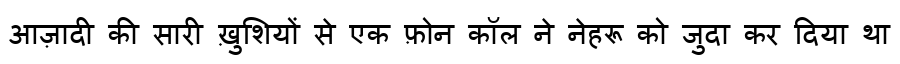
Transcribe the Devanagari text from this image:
आज़ादी की सारी ख़ुशियों से एक फ़ोन कॉल ने नेहरू को जुदा कर दिया था